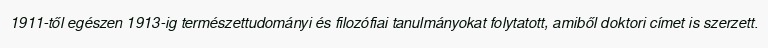
1911-től egészen 1913-ig természettudományi és filozófiai tanulmányokat folytatott, amiből doktori címet is szerzett.